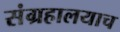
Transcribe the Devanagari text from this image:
संग्रहालयाच